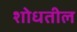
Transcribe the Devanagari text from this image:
शोधतील